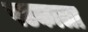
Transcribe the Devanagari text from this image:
षटकाला